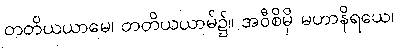
တတိယယာမေ၊ တတိယယာမ်၌။ အဝီစိမှိ မဟာနိရယေ၊